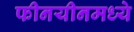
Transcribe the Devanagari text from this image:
फीनयीनमध्ये